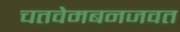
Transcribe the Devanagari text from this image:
चतवेमबनजवत